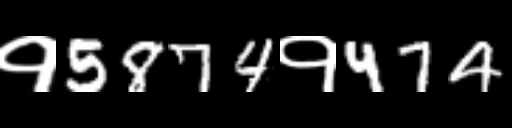
Text: १5874१474